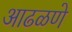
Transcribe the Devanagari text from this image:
आढळणे